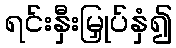
ရင်းနှီးမြှုပ်နှံ၍